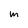
Character: m